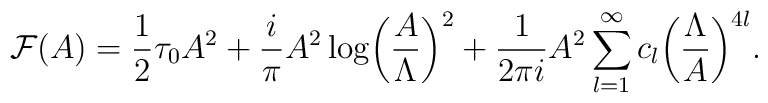
{\cal F}(A)={1\over 2} \tau_0A^2+{i\over \pi}A^2\log\biggl({A\over\Lambda}\biggr)^2+{1\over 2\pi i}A^2\sum_{l=1}^\infty c_l\biggl({\Lambda\over A}\biggr)^{4l}.